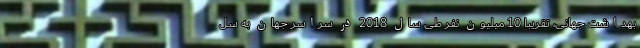
بهداشت جهانی، تقریبا 10 میلیون نفر طی سال 2018 در سراسر جهان به سل